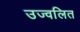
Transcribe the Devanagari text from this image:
उज्वलित